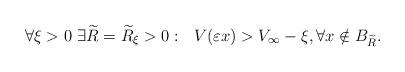
LaTeX: \begin{align*} \forall \xi>0 \ \exists \widetilde R=\widetilde R_{\xi}>0 : \ \ V(\varepsilon x)> V_{\infty} - \xi, \forall x\notin B_{\widetilde R}.\end{align*}